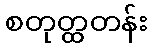
စတုတ္ထတန်း